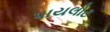
પાયલોટ